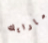
مارايك